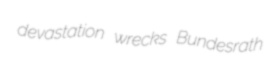
devastation wrecks Bundesrath